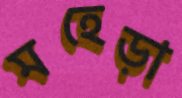
মহেড়া